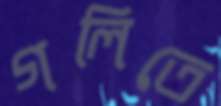
গলিতে